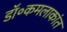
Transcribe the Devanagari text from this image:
डॉ॰कमलाकांत